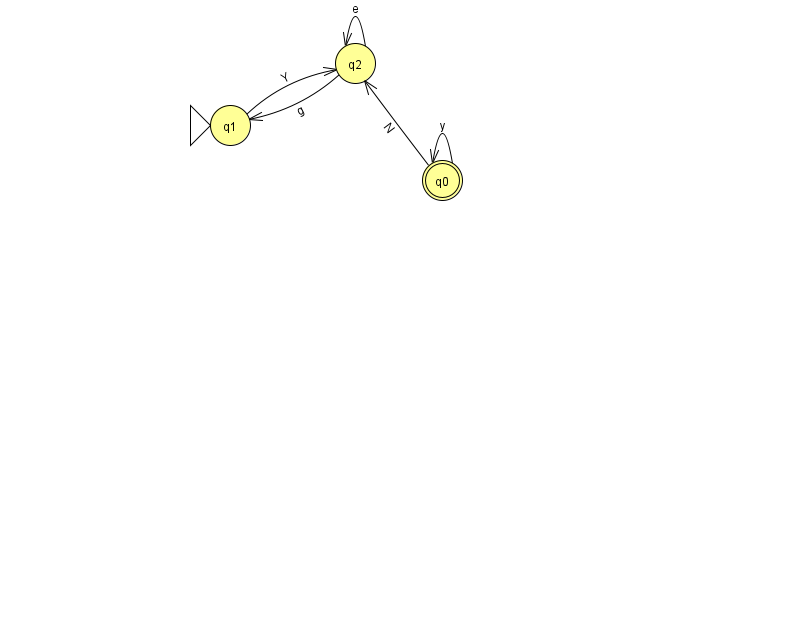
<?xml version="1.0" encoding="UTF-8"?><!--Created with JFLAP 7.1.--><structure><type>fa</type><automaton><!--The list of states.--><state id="0" name="q0"><x>442.0</x><y>167.0</y><final/></state><state id="1" name="q1"><x>230.0</x><y>112.0</y><initial/></state><state id="2" name="q2"><x>355.0</x><y>50.0</y></state><!--The list of transitions.--><transition><from>0</from><to>2</to><read>N</read></transition><transition><from>1</from><to>2</to><read>Y</read></transition><transition><from>2</from><to>2</to><read>e</read></transition><transition><from>0</from><to>0</to><read>y</read></transition><transition><from>2</from><to>1</to><read>g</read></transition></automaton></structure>